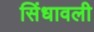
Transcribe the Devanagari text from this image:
सिंधावली